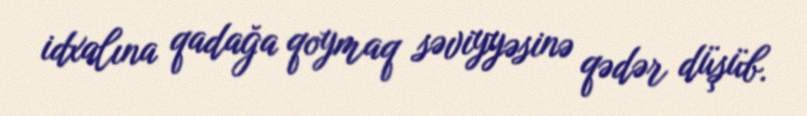
idxalına qadağa qoymaq səviyyəsinə qədər düşüb.